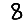
Digit: 8